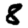
Digit: 8